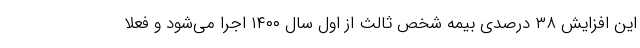
این افزایش ۳۸ درصدی بیمه شخص ثالث از اول سال ۱۴۰۰ اجرا می‌شود و فعلا